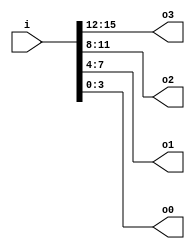
module v852bc8_v9a2a06 (
 input [15:0] i,
 output [3:0] o3,
 output [3:0] o2,
 output [3:0] o1,
 output [3:0] o0
);
 assign o3 = i[15:12];
 assign o2 = i[11:8];
 assign o1 = i[7:4];
 assign o0 = i[3:0];
endmodule